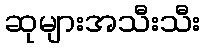
ဆုများအသီးသီး